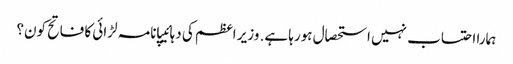
ہمارا احتساب نہیں استحصال ہورہا ہے. وزیر اعظم کی دہائیپانامہ لڑائی کا فاتح کون؟